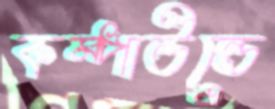
কম্পাউন্ডে